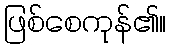
ဖြစ်စေကုန်၏။